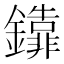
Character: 𨯕